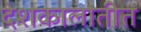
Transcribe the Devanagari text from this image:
देशकालातीत